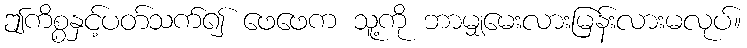
ဤကိစ္စနှင့်ပတ်သက်၍ ဖေဖေက သူ့ကို ဘာမျှမေးလားမြန်းလားမလုပ်။